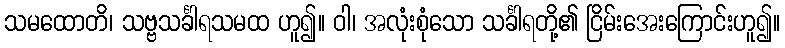
သမထောတိ၊ သဗ္ဗသင်္ခါရသမထ ဟူ၍။ ဝါ၊ အလုံးစုံသော သင်္ခါရတို့၏ ငြိမ်းအေးကြောင်းဟူ၍။